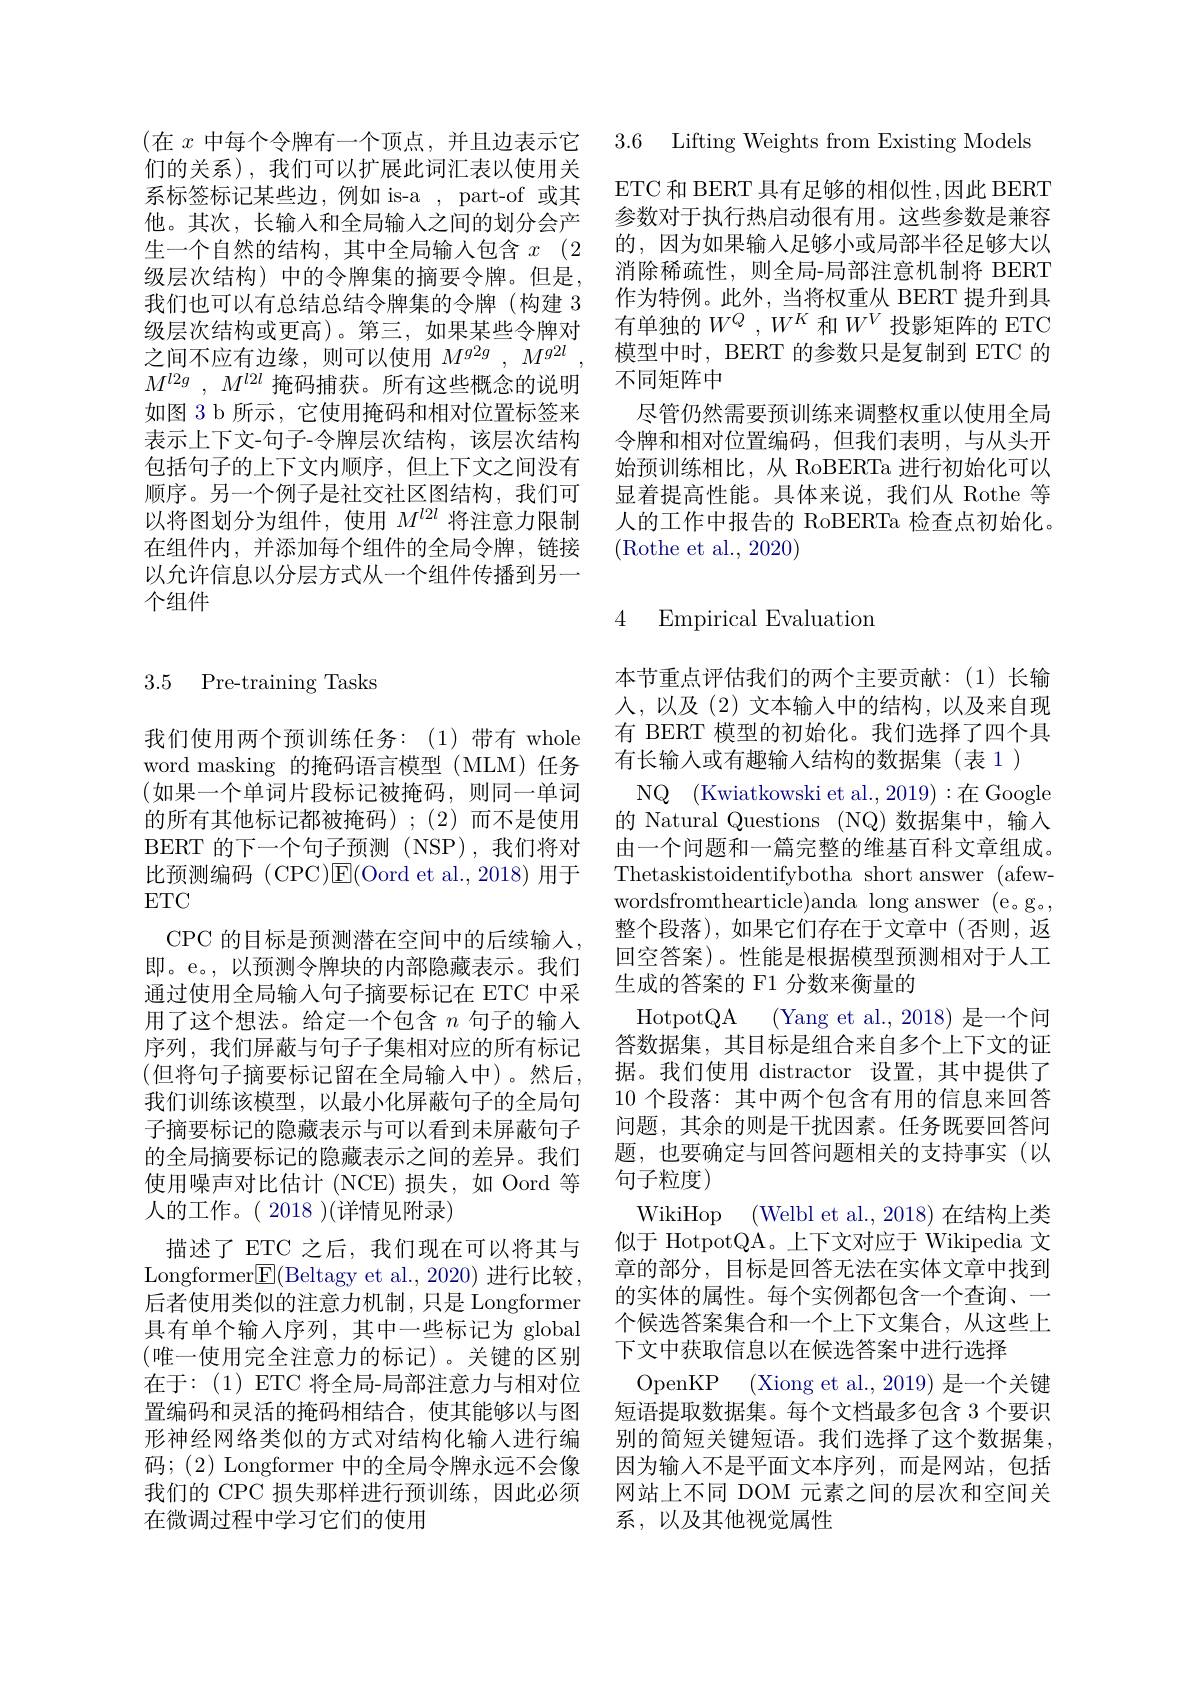
(在 $x$ 中每个令牌有一个顶点，并且边表示它们的关系),我们可以扩展此词汇表以使用关系标签标记某些边，例如 is-a , part-of 或其他。其次，长输入和全局输人之间的划分会产生一个自然的结构，其中全局输入包含$x$ (2级层次结构) 中的令牌集的摘要令牌。但是， 我们也可以有总结总结令牌集的令牌(构建 3级层次结构或更高)。第三，如果某些令牌对之间不应有边缘，则可以使用$M^g2g,M^{g2l}$, $M^{l2g}$ , $M^{l2l}$掩码捕获。所有这些概念的说明如图 3 b 所示，它使用掩码和相对位置标签来表示上下文-句子-令牌层次结构，该层次结构包括句子的上下文内顺序，但上下文之间没有顺序。另一个例子是社交社区图结构，我们可以将图划分为组件，使用$M^{l2l}$将注意力限制在组件内，并添加每个组件的全局令牌，链接以允许信息以分层方式从一个组件传播到另一个组件

## 3.5 Pre-training Tasks

我们使用两个预训练任务：(1)带有 whole word masking 的掩码语言模型 (MLM)任务(如果一个单词片段标记被掩码，则同一单词的所有其他标记都被掩码);(2)而不是使用BERT 的下一个句子预测(NSP),我们将对比预测编码 (CPC)E(Oord et al.,2018)用于ETC
CPC 的目标是预测潜在空间中的后续输入， 即。e。,以预测令牌块的内部隐藏表示。我们通过使用全局输入句子摘要标记在 ETC 中采用了这个想法。给定一个包含$n$句子的输入序列，我们屏蔽与句子子集相对应的所有标记(但将句子摘要标记留在全局输人中)。然后， 我们训练该模型，以最小化屏蔽句子的全局句子摘要标记的隐藏表示与可以看到未屏蔽句子的全局摘要标记的隐藏表示之间的差异。我们使用噪声对比估计(NCE)损失，如 Oord 等人的工作。( 2018 )(详情见附录)
描述了 ETC 之后，我们现在可以将其与${\text{Longformer}\overline{\mathrm{E}}}($Beltagy et al.,2020) 进行比较， 后者使用类似的注意力机制，只是 Longformer 具有单个输入序列，其中一些标记为 global (唯一使用完全注意力的标记)。关键的区别在于：(1)ETC 将全局-局部注意力与相对位置编码和灵活的掩码相结合，使其能够以与图码；(2) Longformer 中的全局令牌永远不会像我们的 CPC 损失那样进行预训练，因此必须在微调过程中学习它们的使用

3.6 Lifting Weights from Existing Models

$\operatorname{ETC}$ 和 BERT 具有足够的相似性，因此 BERT 参数对于执行热启动很有用。这些参数是兼容的，因为如果输入足够小或局部半径足够大以消除稀疏性，则全局-局部注意机制将 BERT 作为特例。此外，当将权重从 BERT 提升到具有单独的$W^Q,W^K$和$W^V$投影矩阵的 ETC 模型中时，BERT 的参数只是复制到 ETC 的不同矩阵中
尽管仍然需要预训练来调整权重以使用全局令牌和相对位置编码，但我们表明，与从头开始预训练相比，从 RoBERTa 进行初始化可以显着提高性能。具体来说，我们从 Rothe 等人的工作中报告的 RoBERTa 检查点初始化。(Rothe et al., 2020)

### 4 Empirical Evaluation

本节重点评估我们的两个主要贡献：(1)长输人，以及(2)文本输入中的结构，以及来自现有 BERT 模型的初始化。我们选择了四个具有长输入或有趣输入结构的数据集(表1)
NQ (Kwiatkowski et al.,2019):在Google 的 Natural Questions (NQ) 数据集中，输入由一个问题和一篇完整的维基百科文章组成。Thetaskistoidentifybotha short answer (afewwordsfromthearticle)anda long answer (e。g。, 整个段落),如果它们存在于文章中(否则，返回空答案)。性能是根据模型预测相对于人工生成的答案的 F1 分数来衡量的
HotpotQA (Yang et al.,2018) 是一个问答数据集，其目标是组合来自多个上下文的证据。我们使用 distractor 设置，其中提供了10 个段落：其中两个包含有用的信息来回答问题，其余的则是干扰因素。任务既要回答问题，也要确定与回答问题相关的支持事实(以句子粒度)
WikiHop (Welbl et al., 2018)在结构上类似于 HotpotQA。上下文对应于 Wikipedia 文章的部分，目标是回答无法在实体文章中找到的实体的属性。每个实例都包含一个查询、一个候选答案集合和一个上下文集合，从这些上下文中获取信息以在候选答案中进行选择
${\mathrm{OpenKP}}$ ${\mathrm{( Xiong~et~al. , 2019) ~是 一 个 关 键 }}$ 短语提取数据集。每个文档最多包含 3 个要识
形神经网络类似的方式对结构化输入进行编 别的简短关键短语。我们选择了这个数据集，
因为输入不是平面文本序列，而是网站，包括网站上不同 DOM 元素之间的层次和空间关系，以及其他视觉属性